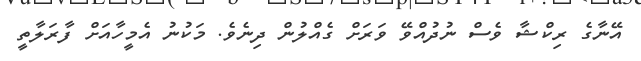
އޭނާގެ ރިކްޝާ ވެސް ނުދުއްވޭ ވަރަށް ގެއްލުން ދިނެވެ. މަކުނު އެމީހާއަށް ފާރަލާތީ